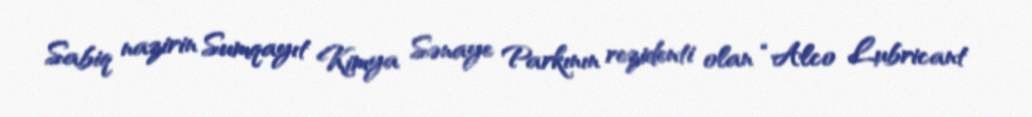
Sabiq nazirin Sumqayıt Kimya Sənaye Parkının rezidenti olan “Alco Lubricant